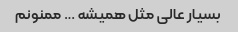
بسیار عالی مثل همیشه … ممنونم